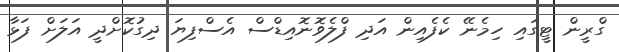
ގްރީން ޓީގައި ހިމެނޭ ކެފެއިން އަދި ފްލެވޮނޮއިޑްސް އެސްފިޔަ ދިގުކޮށްދީ އަލަށް ފަޅާ